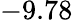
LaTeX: -9.78